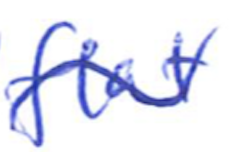
Text: flat
Cross-out: wave
Writing tool: ballpoint